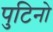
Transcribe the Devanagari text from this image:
पुटिनो